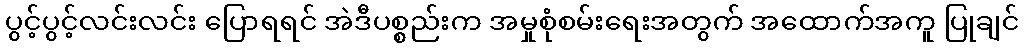
ပွင့်ပွင့်လင်းလင်း ပြောရရင် အဲဒီပစ္စည်းက အမှုစုံစမ်းရေးအတွက် အထောက်အကူ ပြုချင်